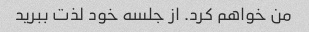
من خواهم کرد. از جلسه خود لذت ببرید